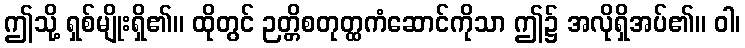
ဤသို့ ရှစ်မျိုးရှိ၏။ ထိုတွင် ဉတ္တိစတုတ္ထကံဆောင်ကိုသာ ဤ၌ အလိုရှိအပ်၏။ ဝါ၊